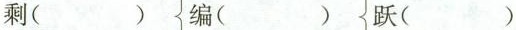
剩( ) 编( ) 跃( )